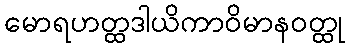
မောရဟတ္ထဒါယိကာဝိမာနဝတ္ထု